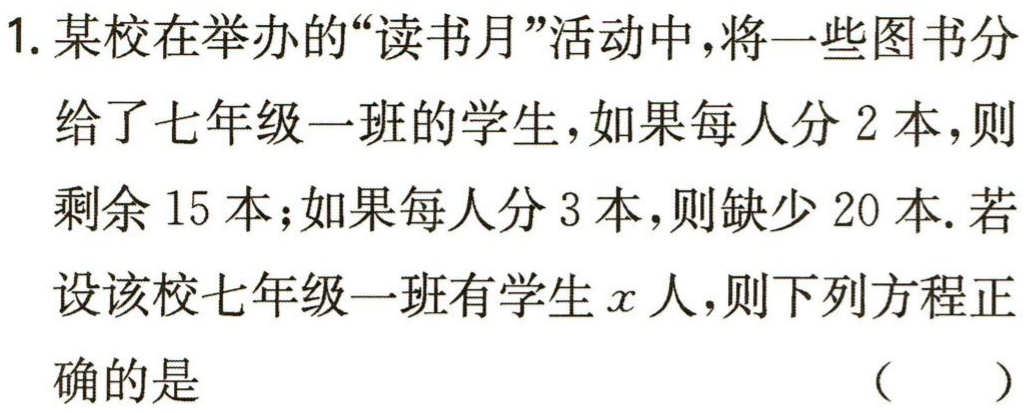
1. 某校在举办的“读书月”活动中，将一些图书分

给了七年级一班的学生，如果每人分 2 本，则

剩余 15 本；如果每人分 3 本，则缺少 20 本. 若

设该校七年级一班有学生\(x\)人，则下列方程正

确的是

（  ）